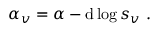
\alpha _ { v } = \alpha - \mathrm { d } \log s _ { v } \ .